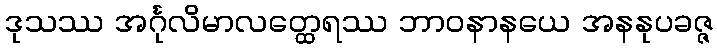
ဒုသဿ အင်္ဂုလိမာလတ္ထေရဿ ဘာဝနာနယေ အနနုပခဇ္ဇ